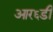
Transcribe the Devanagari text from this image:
आर६डी